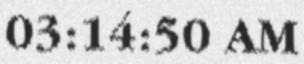
03:14:50 AM